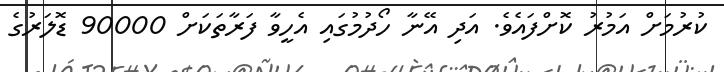
ކުރުމަށް އަމުރު ކޮށްފައެވެ. އަދި އޭނާ ހޯދުމުގައި އެހީވާ ފަރާތަކަށް 90000 ޑޮލަރުގެ